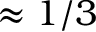
\approx 1 / 3